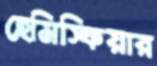
হেমিস্ফিয়ার